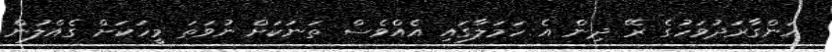
އަންގާރަދުވަހުގެ ރޭ ދިން އެ ހަމަލާގައި އެއްވެސް ތަނަކަށް ނުވަތަ މީހަކަށް ގެއްލުން